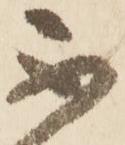
不